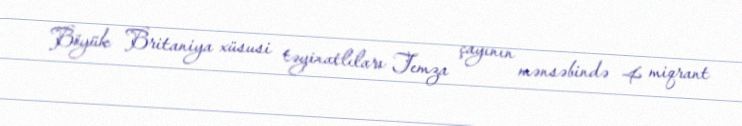
Böyük Britaniya xüsusi təyinatlıları Temza çayının mənsəbində 4 miqrant